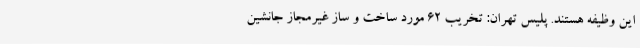
این وظیفه هستند. پلیس تهران: تخریب ۶۲ مورد ساخت و ساز غیرمجاز جانشین